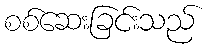
စစ်ဆေးခြင်းသည်